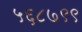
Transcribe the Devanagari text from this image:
५६८७९९